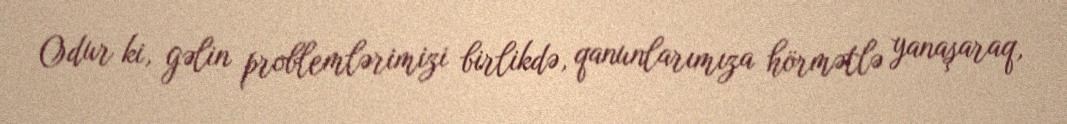
Odur ki, gəlin problemlərimizi birlikdə, qanunlarımıza hörmətlə yanaşaraq,